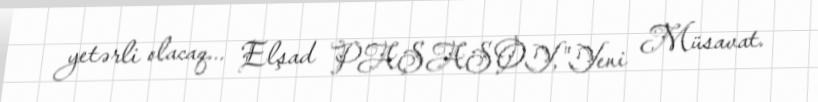
yetərli olacaq... Elşad PAŞASOY,"Yeni Müsavat.